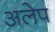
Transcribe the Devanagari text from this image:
अलेप